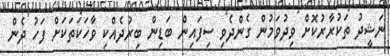
ނަޝީދު ތަކުރާރުކޮށް ވިދުވަމުން ގެންދެވި ސިފައިން ބަޑިން ބިރުދެއްކި ވާހަކަތަކަށް ފަހު ދެން